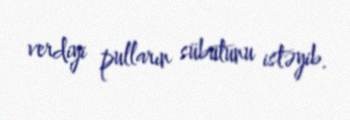
verdiyi pulların sübutunu istəyib.